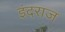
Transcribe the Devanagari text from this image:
इंदराज